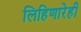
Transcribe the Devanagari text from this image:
लिहिणारेही